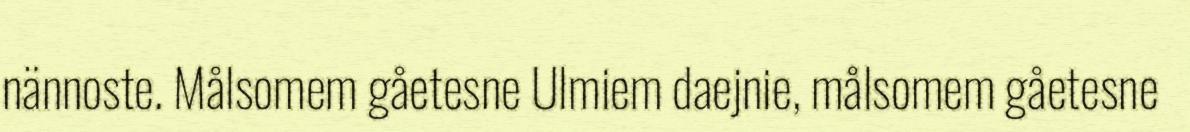
nännoste. Målsomem gåetesne Ulmiem daejnie, målsomem gåetesne